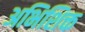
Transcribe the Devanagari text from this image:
अभिशिक्त